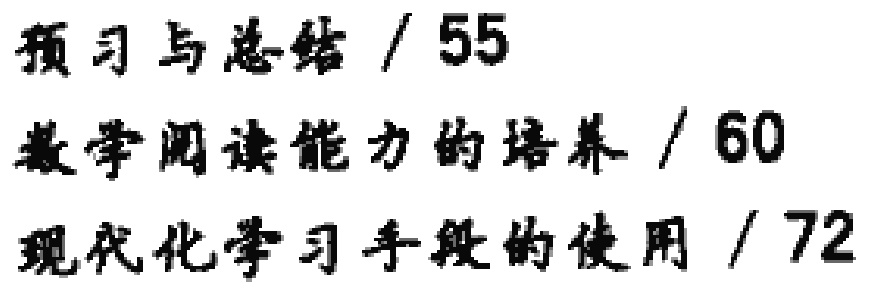
预习与总结 / 55

数学阅读能力的培养 / 60

现代化学习手段的使用 / 72